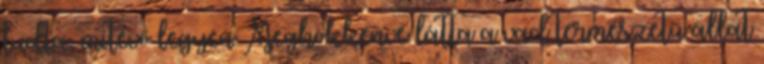
tudta, mitévő legyen Meghökkenve látta a vad természetű állat